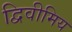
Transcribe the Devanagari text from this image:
द्विवीमिय